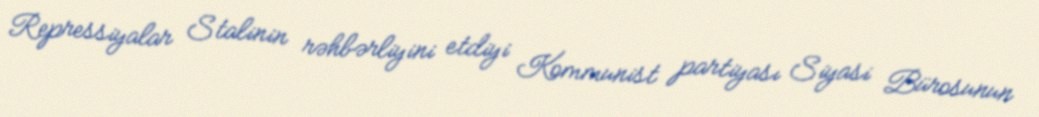
Repressiyalar Stalinin rəhbərliyini etdiyi Kommunist partiyası Siyasi Bürosunun